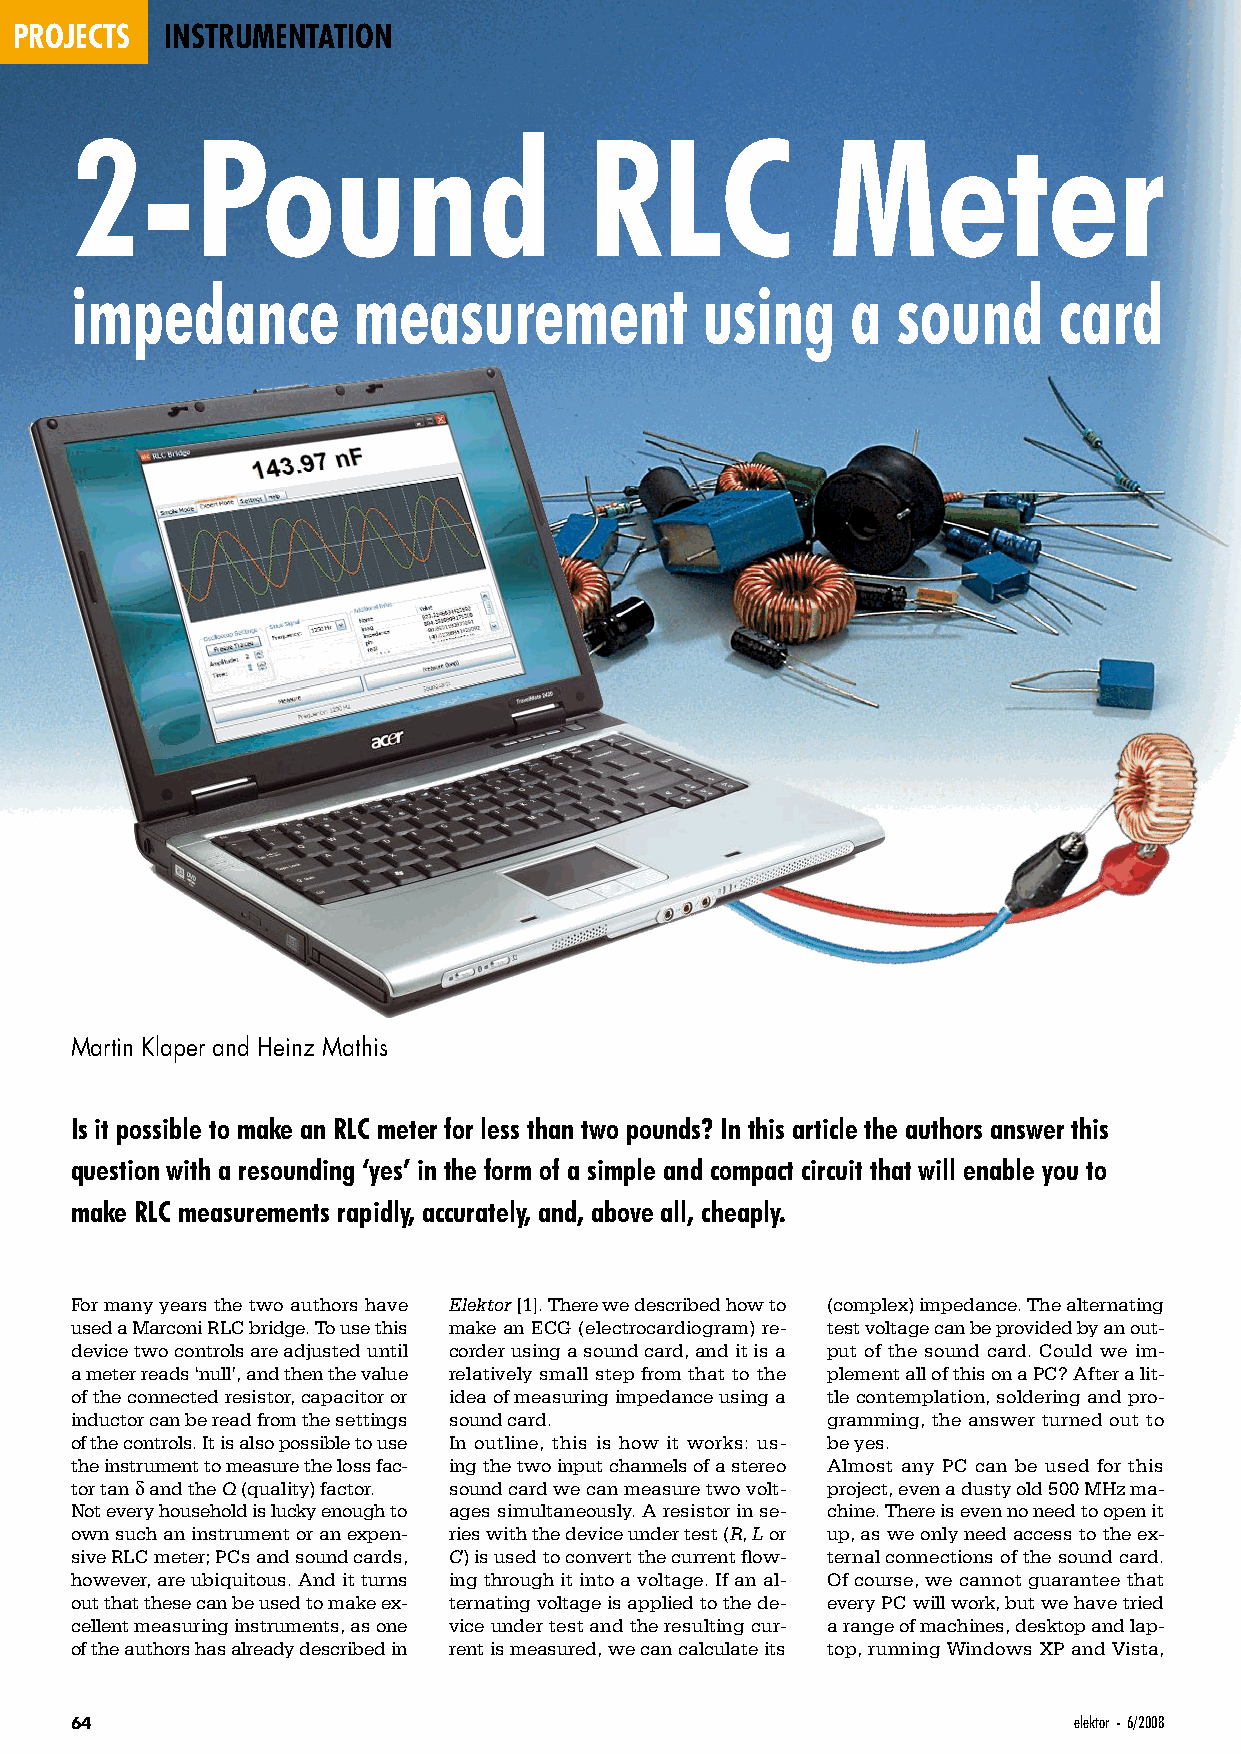
projects  instrumentation
 2-Pound                           RLC             Meter
 impedance         measurement            using     a  sound      card
 Martin Klaper and Heinz Mathis
 Is it possible to make an RLC meter for less than two pounds? In this article the authors answer this
 question with a resounding ‘yes’ in the form of a simple and compact circuit that will enable you to
 make RLC measurements rapidly, accurately, and, above all, cheaply.
 For many years the two authors have Elektor [1]. There we described how to (complex) impedance. The alternating
 used a Marconi RLC bridge. To use this make an ECG (electrocardiogram) re- test voltage can be provided by an out-
 device two controls are adjusted until corder using a sound card, and it is a put of the sound card. Could we im-
 a meter reads ‘null’, and then the value relatively small step from that to the plement all of this on a PC? After a lit-
 of the connected resistor, capacitor or idea of measuring impedance using a tle contemplation, soldering and pro-
 inductor can be read from the settings sound card. gramming, the answer turned out to
 of the controls. It is also possible to use In outline, this is how it works: us- be yes.
 the instrument to measure the loss fac- ing the two input channels of a stereo Almost any PC can be used for this
 tor tan δ and the Q (quality) factor. sound card we can measure two volt- project, even a dusty old 500 MHz ma-
 Not every household is lucky enough to ages simultaneously. A resistor in se- chine. There is even no need to open it
 own such an instrument or an expen- ries with the device under test (R, L or up, as we only need access to the ex-
 sive RLC meter; PCs and sound cards, C) is used to convert the current flow- ternal connections of the sound card.
 however, are ubiquitous. And it turns ing through it into a voltage. If an al- Of course, we cannot guarantee that
 out that these can be used to make ex- ternating voltage is applied to the de- every PC will work, but we have tried
 cellent measuring instruments, as one vice under test and the resulting cur- a range of machines, desktop and lap-
 of the authors has already described in rent is measured, we can calculate its top, running Windows XP and Vista,
 64                                                                elektor - 6/2008